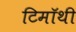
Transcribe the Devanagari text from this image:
टिमॉथी